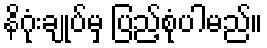
နိဂုံးချုပ်မှ ပြည့်စုံပါမည်။